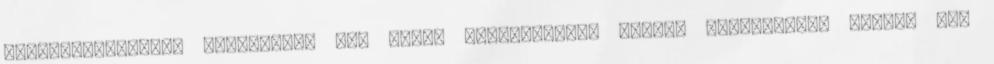
megrendelőnknek. Amennyiben nem képes elektronikus számla fogadására, kérjük azt